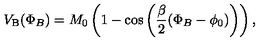
V _ { \mathrm { B } } ( \Phi _ { B } ) = M _ { 0 } \left( 1 - \cos \left( \frac { \beta } { 2 } ( \Phi _ { B } - \phi _ { 0 } ) \right) \right) ,